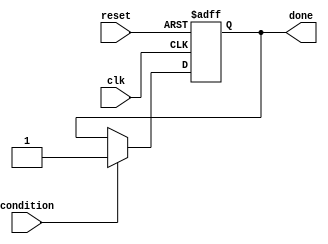
module wait_example (
    input wire condition,  // The boolean condition to evaluate
    input wire clk,       // Clock signal
    input wire reset,     // Reset signal
    output reg done       // Output indicating the process is complete
);

    initial begin
        done = 0; // Initialize done to false
    end

    always @(posedge clk or posedge reset) begin
        if (reset) begin
            done <= 0; // Reset the done signal
        end else begin
            // Simulate wait behavior
            if (condition) begin
                done <= 1; // Resume execution when condition is true
            end
            // If condition is false, do nothing (wait)
        end
    end

endmodule